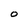
Character: 0